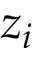
z _ { i }